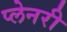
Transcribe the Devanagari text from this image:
प्लेनरी